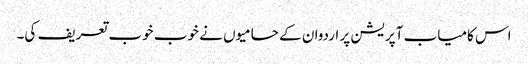
اس کامیاب آپریشن پر اردوان کے حامیوں نے خوب خوب تعریف کی۔